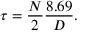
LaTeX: \tau = { \frac { N } { 2 } } { \frac { 8 . 6 9 } { D } } .